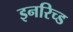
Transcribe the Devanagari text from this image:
इनरिच्ड